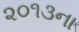
૨૦૧૩ના